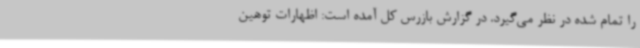
را تمام شده در نظر می‌گیرد. در گزارش بازرس کل آمده است: اظهارات توهین